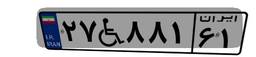
۲۷W۸۸۱۶۱